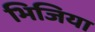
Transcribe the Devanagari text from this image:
भिजिया